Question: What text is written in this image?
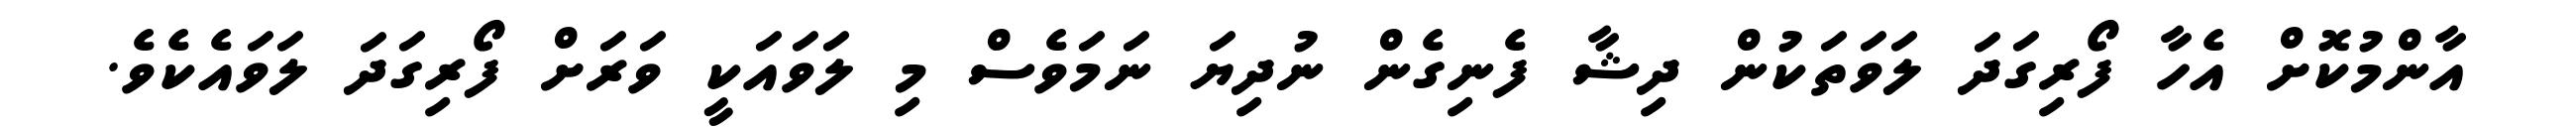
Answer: އާންމުކޮށް އެހާ ފޯރިގަދަ ލަވަތަކުން ދިޝާ ފެނިގެން ނުދިޔަ ނަމަވެސް މި ލަވައަކީ ވަރަށް ފޯރިގަދަ ލަވައެކެވެ.